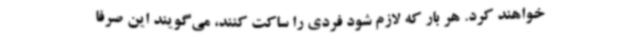
خواهند کرد. هر بار که لازم شود فردی را ساکت کنند، می‌گویند این صرفا